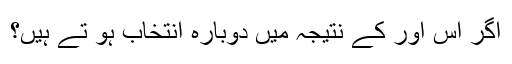
اگر اس اور کے نتیجہ میں دوبارہ انتخاب ہو تے ہیں؟